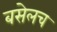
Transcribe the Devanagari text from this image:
बसेलच